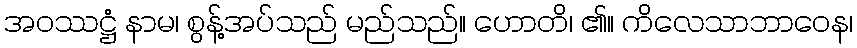
အဝဿဋ္ဌံ နာမ၊ စွန့်အပ်သည် မည်သည်။ ဟောတိ၊ ၏။ ကိလေသာဘာဝေန၊